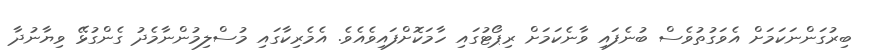
ބިރުގަންނަކަމަށް އެވަގުތުވެސް ބުނެފައި ވާނެކަމަށް ރިޕޯޓުގައި ހާމަކޮށްފައިވެއެވެ. އެމެރިކާގައި މުސްލިމުންނާމެދު ގެންގުޅޭ ވިޔާނުދާ